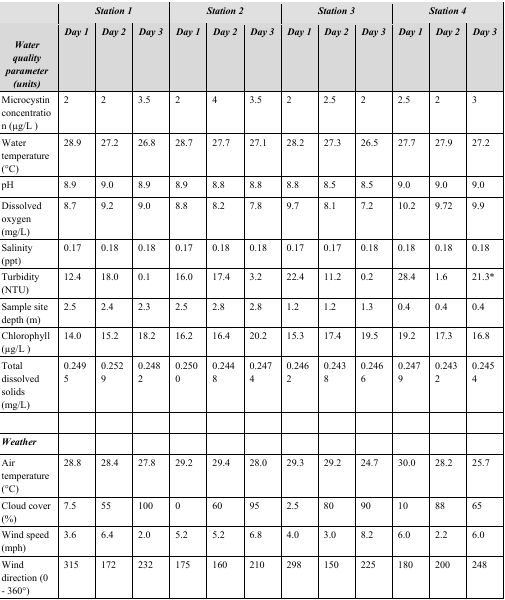
<table><thead><tr><td></td><td colspan="3"><b>Station 1</b></td><td colspan="3"><b>Station 2</b></td><td colspan="3"><b>Station 3</b></td><td colspan="3"><b>Station 4</b></td></tr><tr><td><b>Water quality parameter (units)</b></td><td><b>Day 1</b></td><td><b>Day 2</b></td><td><b>Day 3</b></td><td><b>Day 1</b></td><td><b>Day 2</b></td><td><b>Day 3</b></td><td><b>Day 1</b></td><td><b>Day 2</b></td><td><b>Day 3</b></td><td><b>Day 1</b></td><td><b>Day 2</b></td><td><b>Day 3</b></td></tr></thead><tbody><tr><td>Microcystin concentratio n (μg/L)</td><td>2</td><td>2</td><td>3.5</td><td>2</td><td>4</td><td>3.5</td><td>2</td><td>2.5</td><td>2</td><td>2.5</td><td>2</td><td>3</td></tr><tr><td>Water temperature (°C)</td><td>28.9</td><td>27.2</td><td>26.8</td><td>28.7</td><td>27.7</td><td>27.1</td><td>28.2</td><td>27.3</td><td>26.5</td><td>27.7</td><td>27.9</td><td>27.2</td></tr><tr><td>pH</td><td>8.9</td><td>9.0</td><td>8.9</td><td>8.9</td><td>8.8</td><td>8.8</td><td>8.8</td><td>8.5</td><td>8.5</td><td>9.0</td><td>9.0</td><td>9.0</td></tr><tr><td>Dissolved oxygen (mg/L)</td><td>8.7</td><td>9.2</td><td>9.0</td><td>8.8</td><td>8.2</td><td>7.8</td><td>9.7</td><td>8.1</td><td>7.2</td><td>10.2</td><td>9.72</td><td>9.9</td></tr><tr><td>Salinity (ppt)</td><td>0.17</td><td>0.18</td><td>0.18</td><td>0.17</td><td>0.18</td><td>0.18</td><td>0.17</td><td>0.17</td><td>0.18</td><td>0.18</td><td>0.18</td><td>0.18</td></tr><tr><td>Turbidity (NTU)</td><td>12.4</td><td>18.0</td><td>0.1</td><td>16.0</td><td>17.4</td><td>3.2</td><td>22.4</td><td>11.2</td><td>0.2</td><td>28.4</td><td>1.6</td><td>21.3*</td></tr><tr><td>Sample site depth (m)</td><td>2.5</td><td>2.4</td><td>2.3</td><td>2.5</td><td>2.8</td><td>2.8</td><td>1.2</td><td>1.2</td><td>1.3</td><td>0.4</td><td>0.4</td><td>0.4</td></tr><tr><td>Chlorophyll (μg/L)</td><td>14.0</td><td>15.2</td><td>18.2</td><td>16.2</td><td>16.4</td><td>20.2</td><td>15.3</td><td>17.4</td><td>19.5</td><td>19.2</td><td>17.3</td><td>16.8</td></tr><tr><td>Total dissolved solids (mg/L)</td><td>0.2495</td><td>0.2529</td><td>0.2482</td><td>0.2500</td><td>0.2448</td><td>0.2474</td><td>0.2462</td><td>0.2438</td><td>0.2466</td><td>0.2479</td><td>0.2432</td><td>0.2454</td></tr><tr><td><b><i>Weather</i></b></td><td></td><td></td><td></td><td></td><td></td><td></td><td></td><td></td><td></td><td></td><td></td><td></td></tr><tr><td>Air temperature (°C)</td><td>28.8</td><td>28.4</td><td>27.8</td><td>29.2</td><td>29.4</td><td>28.0</td><td>29.3</td><td>29.2</td><td>24.7</td><td>30.0</td><td>28.2</td><td>25.7</td></tr><tr><td>Cloud cover (%)</td><td>7.5</td><td>55</td><td>100</td><td>0</td><td>60</td><td>95</td><td>2.5</td><td>80</td><td>90</td><td>10</td><td>88</td><td>65</td></tr><tr><td>Wind speed (mph)</td><td>3.6</td><td>6.4</td><td>2.0</td><td>5.2</td><td>5.2</td><td>6.8</td><td>4.0</td><td>3.0</td><td>8.2</td><td>6.0</td><td>2.2</td><td>6.0</td></tr><tr><td>Wind direction (0 – 360°)</td><td>315</td><td>172</td><td>232</td><td>175</td><td>160</td><td>210</td><td>298</td><td>150</td><td>225</td><td>180</td><td>200</td><td>248</td></tr></tbody></table>